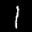
Label: 1